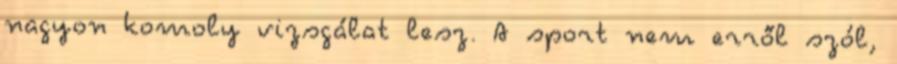
nagyon komoly vizsgálat lesz. A sport nem erről szól,